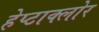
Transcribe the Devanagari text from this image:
हेप्‍टाक्‍लोर